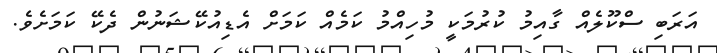
އަރަބި ސްކޫލެއް ގާއިމު ކުރުމަކީ މުހިއްމު ކަމެއް ކަމަށް އެޑިއުކޭޝަނުން ދެކޭ ކަމަށެވެ.